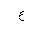
Letter: _ayn